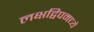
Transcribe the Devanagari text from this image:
लक्षद्विपमध्ये